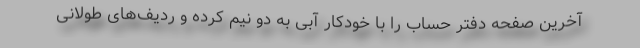
آخرین صفحه دفتر حساب را با خودکار آبی به دو نیم کرده و ردیف‌های طولانی